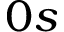
0 s